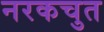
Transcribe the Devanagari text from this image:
नरकचुत